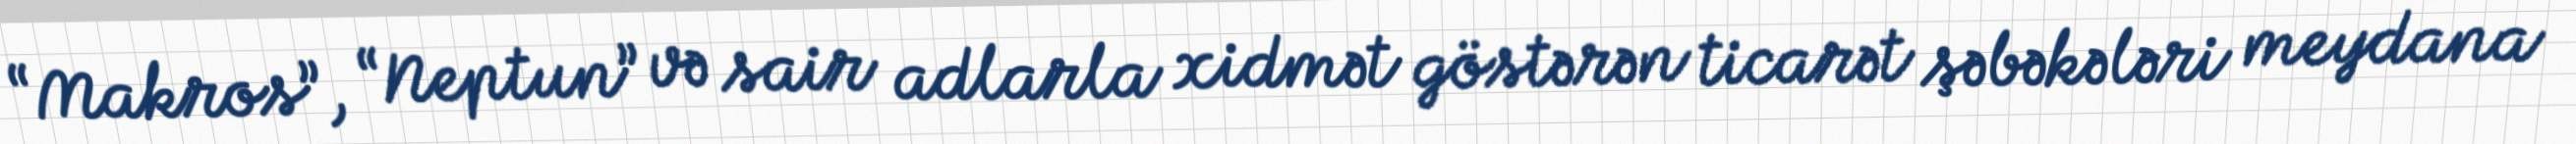
“Makros”, “Neptun” və sair adlarla xidmət göstərən ticarət şəbəkələri meydana